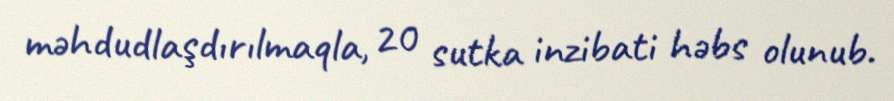
məhdudlaşdırılmaqla, 20 sutka inzibati həbs olunub.